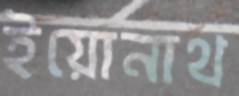
ইয়োনাথ